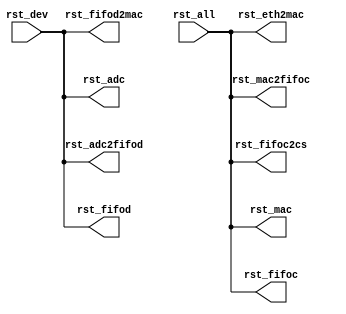
module cs_rst(
    input rst_all,
    input rst_dev,

    output rst_mac,
    output rst_adc,
    output rst_fifod,
    output rst_fifoc,
    output rst_eth2mac,
    output rst_mac2fifoc,
    output rst_fifoc2cs,
    output rst_adc2fifod,
    output rst_fifod2mac
);
    assign rst_mac = rst_all;
    assign rst_adc = rst_dev;
    assign rst_fifod = rst_dev;
    assign rst_fifoc = rst_all;
    assign rst_eth2mac = rst_all;
    assign rst_mac2fifoc = rst_all;
    assign rst_fifoc2cs = rst_all;
    assign rst_adc2fifod = rst_dev;
    assign rst_fifod2mac = rst_dev;

endmodule